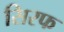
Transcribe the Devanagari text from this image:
सिरफ